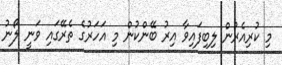
މި ކުރިއެރުން ލިބިފައިވާ އިރު ބޭންކުން މި އަހަރުގެ ތެރޭގައި ވަނީ ލޯނު